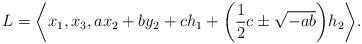
LaTeX: \begin{align*}L=\bigg\langle x_1, x_3, ax_2+by_2+ch_1+ \bigg(\frac{1}{2}c\pm\sqrt{-ab}\bigg) h_2\bigg\rangle.\end{align*}